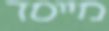
מייסד